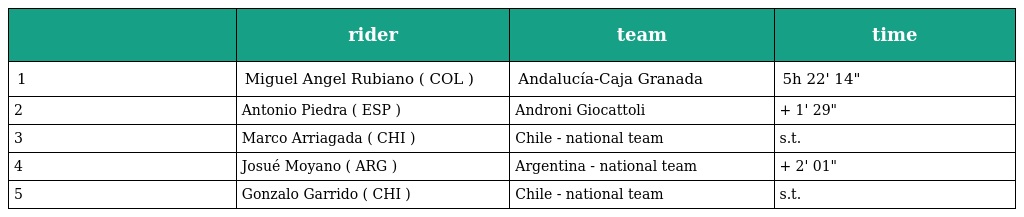
|  | rider | team | time |
 | --- | --- | --- | --- |
 | 1 | Miguel Angel Rubiano ( COL ) | Andalucía-Caja Granada | 5h 22' 14" |
 | 2 | Antonio Piedra ( ESP ) | Androni Giocattoli | + 1' 29" |
 | 3 | Marco Arriagada ( CHI ) | Chile - national team | s.t. |
 | 4 | Josué Moyano ( ARG ) | Argentina - national team | + 2' 01" |
 | 5 | Gonzalo Garrido ( CHI ) | Chile - national team | s.t. |